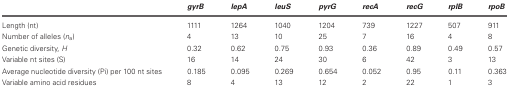
<table><thead><tr><td></td><td><b><i>gyrB</i></b></td><td><b><i>lepA</i></b></td><td><b><i>leuS</i></b></td><td><b><i>pyrG</i></b></td><td><b><i>recA</i></b></td><td><b><i>recG</i></b></td><td><b><i>rplB</i></b></td><td><b><i>rpoB</i></b></td></tr></thead><tbody><tr><td>Length (nt)</td><td>1111</td><td>1264</td><td>1040</td><td>1204</td><td>739</td><td>1227</td><td>507</td><td>911</td></tr><tr><td>Number of alleles (<i>n</i><sub>a</sub>)</td><td>4</td><td>13</td><td>10</td><td>25</td><td>7</td><td>16</td><td>4</td><td>8</td></tr><tr><td>Genetic diversity, <i>H</i></td><td>0.32</td><td>0.62</td><td>0.75</td><td>0.93</td><td>0.36</td><td>0.89</td><td>0.49</td><td>0.57</td></tr><tr><td>Variable nt sites (S)</td><td>16</td><td>14</td><td>24</td><td>30</td><td>6</td><td>42</td><td>3</td><td>13</td></tr><tr><td>Average nucleotide diversity (Pi) per 100 nt sites</td><td>0.185</td><td>0.095</td><td>0.269</td><td>0.654</td><td>0.052</td><td>0.95</td><td>0.11</td><td>0.363</td></tr><tr><td>Variable amino acid residues</td><td>8</td><td>4</td><td>13</td><td>12</td><td>2</td><td>22</td><td>1</td><td>3</td></tr></tbody></table>